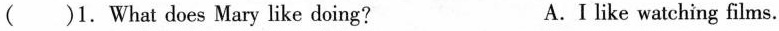
( )1. What does Mary like doing? A. I like watching films.